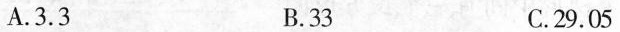
A.3.3 B.33 C.29.05